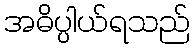
အဓိပ္ပါယ်ရသည်